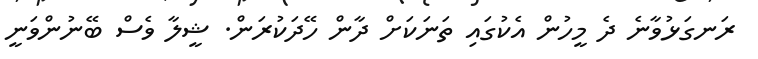
ރަނގަޅުވާނެ ދެ މީހުން އެކުގައި ތަނަކަށް ދާން ހޭދަކުރަން. ޝީލާ ވެސް ބޭނުންވަނީ